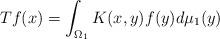
LaTeX: \begin{align*}Tf(x)=\int_{\Omega_1} K(x,y) f(y) d\mu_1(y)\end{align*}